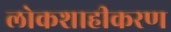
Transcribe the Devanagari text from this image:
लोकशाहीकरण